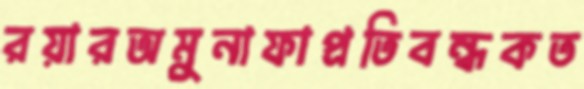
রয়ারঅমুনাফাপ্রতিবন্ধকত